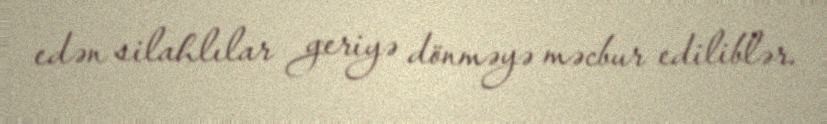
edən silahlılar geriyə dönməyə məcbur ediliblər.